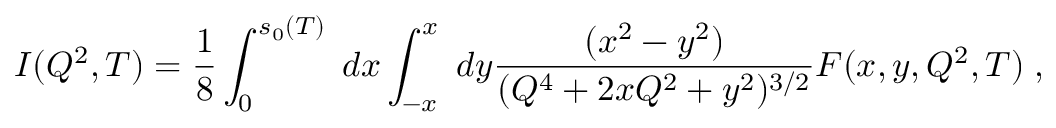
I ( Q ^ { 2 } , T ) = \frac { 1 } { 8 } \int _ { 0 } ^ { s _ { 0 } ( T ) } \; d x \int _ { - x } ^ { x } \; d y \frac { ( x ^ { 2 } - y ^ { 2 } ) } { ( Q ^ { 4 } + 2 x Q ^ { 2 } + y ^ { 2 } ) ^ { 3 / 2 } } F ( x , y , Q ^ { 2 } , T ) \; ,